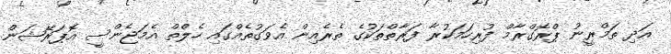
އަދި ތަމްރީނު ޕްރޮގްރާމް ފުރިހަމަކުރާ ފަރާތްތަކުގެ ތެރެއިން އެވަގުތެއްގައި ހެލްތް އެމަޖެންސީ އޮޕަރޭޝަން